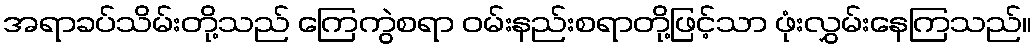
အရာခပ်သိမ်းတို့သည် ကြေကွဲစရာ ဝမ်းနည်းစရာတို့ဖြင့်သာ ဖုံးလွှမ်းနေကြသည်။